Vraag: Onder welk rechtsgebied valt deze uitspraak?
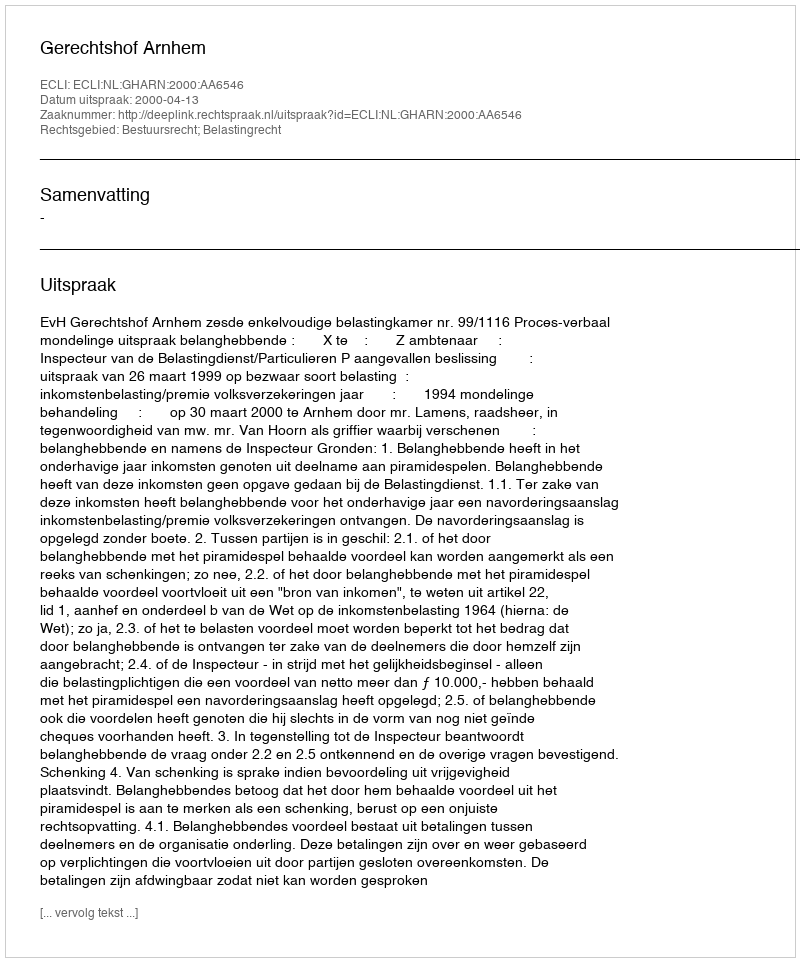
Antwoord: Bestuursrecht; Belastingrecht